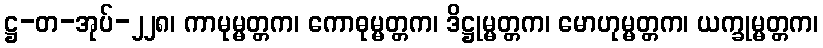
ဋ္ဌ-တ-အုပ်-၂၂၈၊ ကာမုမ္မတ္တက၊ ကောဓုမ္မတ္တက၊ ဒိဋ္ဌုမ္မတ္တက၊ မောဟုမ္မတ္တက၊ ယက္ခုမ္မတ္တက၊